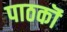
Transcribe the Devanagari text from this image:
पाठकॊं